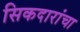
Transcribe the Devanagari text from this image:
सिकदारांचा